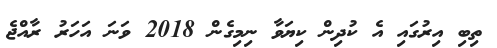
ތިބި އިރުގައި އެ ކުދިން ކިޔަވާ ނިމިގެން 2018 ވަނަ އަހަރު ރާއްޖެ